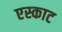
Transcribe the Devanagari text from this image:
एस्काट